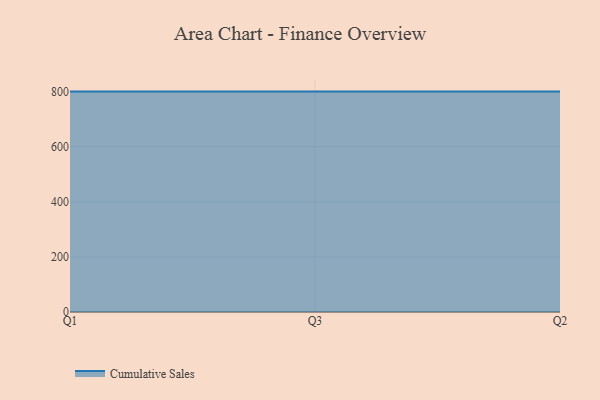
{"axis": {"x": "Quarter", "y": "Operating Costs (USD K)"}, "legend": ["Cumulative Sales"], "data": [{"x": "Q1", "y": 800, "type": "Cumulative Sales"}, {"x": "Q3", "y": 800, "type": "Cumulative Sales"}, {"x": "Q2", "y": 800, "type": "Cumulative Sales"}]}